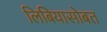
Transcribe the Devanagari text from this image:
लिबियासोबत